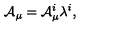
{ \cal A } _ { \mu } = { \cal A } _ { \mu } ^ { i } \lambda ^ { i } ,